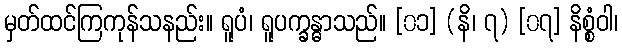
မှတ်ထင်ကြကုန်သနည်း။ ရူပံ၊ ရူပက္ခန္ဓာသည်။ [၀၁] (နိ၊ ၇) [၀၇] နိစ္စံဝါ၊